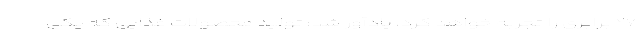
۲۷ برابری را تجربه خواهد کرد، یادآور شد: تولید محصولات غذایی که یکی